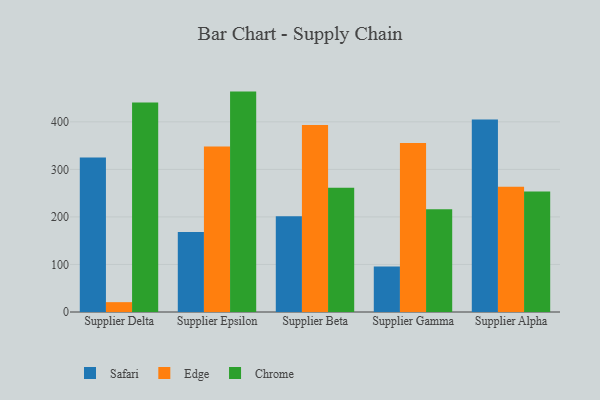
{"axis": {"x": "Supplier", "y": "Budget (USD K)"}, "legend": ["Chrome", "Edge", "Safari"], "data": [{"x": "Supplier Delta", "y": 325.0, "type": "Safari"}, {"x": "Supplier Delta", "y": 20.7, "type": "Edge"}, {"x": "Supplier Delta", "y": 440.7, "type": "Chrome"}, {"x": "Supplier Epsilon", "y": 168.4, "type": "Safari"}, {"x": "Supplier Epsilon", "y": 348.2, "type": "Edge"}, {"x": "Supplier Epsilon", "y": 463.6, "type": "Chrome"}, {"x": "Supplier Beta", "y": 201.5, "type": "Safari"}, {"x": "Supplier Beta", "y": 393.4, "type": "Edge"}, {"x": "Supplier Beta", "y": 261.2, "type": "Chrome"}, {"x": "Supplier Gamma", "y": 95.9, "type": "Safari"}, {"x": "Supplier Gamma", "y": 355.5, "type": "Edge"}, {"x": "Supplier Gamma", "y": 216.2, "type": "Chrome"}, {"x": "Supplier Alpha", "y": 404.8, "type": "Safari"}, {"x": "Supplier Alpha", "y": 263.3, "type": "Edge"}, {"x": "Supplier Alpha", "y": 253.7, "type": "Chrome"}]}